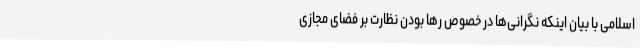
اسلامی با بیان اینکه نگرانی‌ها در خصوص رها بودن نظارت بر فضای مجازی